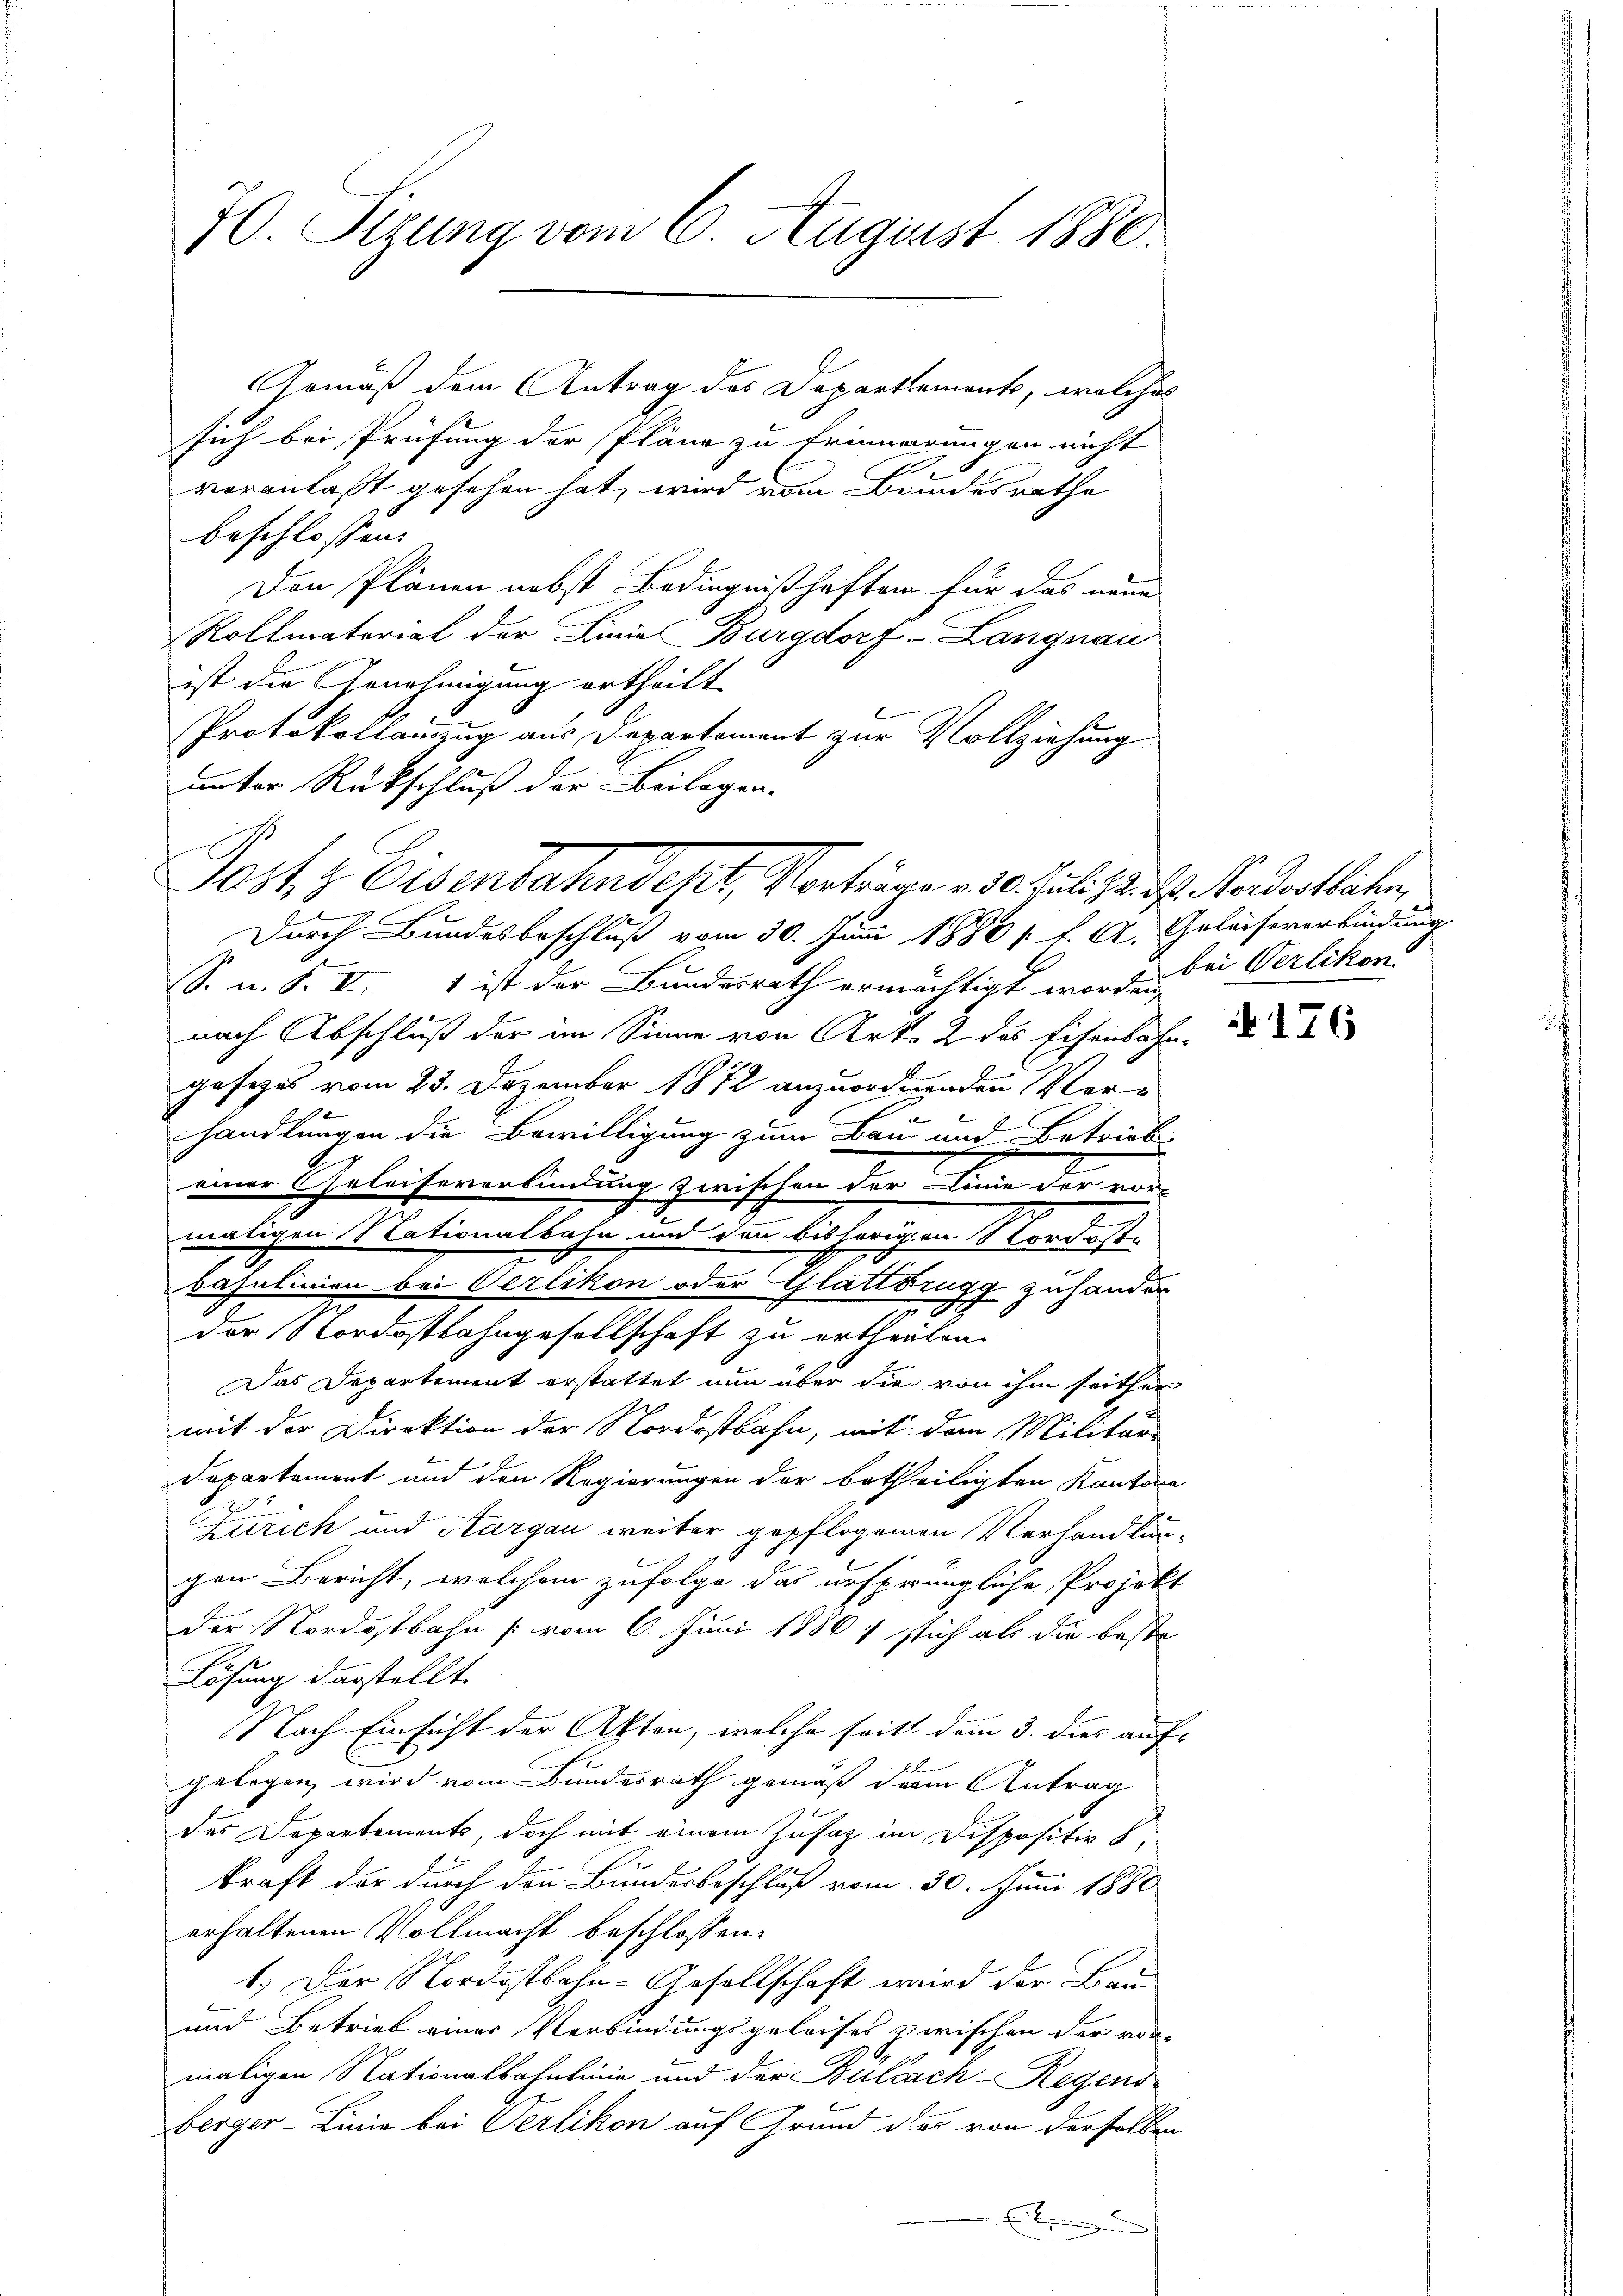
70. Sizung vom 6. August 1880.

Gemäß dem Antrag des Departements, welches
sich bei Prüfung der Pläne zu frierungen nicht |
veranlaßt gesehen hat, wird vom Bundesrathe
beschlossen:
Den Plänen nebst Bedingnißhaften für das neue
Rollmaterial der Linie Burgdorf -Langnau
ist die Genehmigung ertheilt.
Protokollanzug aus Departement zur Vollziehung
unter Rückschluß der Beilagen.
Durch Bundesbeschluß vom 30. Juni 1880 s. f. A. Geleisererbindung
S. n. F. II. 1 ist der Bundesrath ermächtigt worden,
nach Abschluß der im Sinne von Art. 2 des Eisenbahn-
gesezes vom 23. Dezember 1872 anzuordnenden Ver-

handlungen die Bewilligung zum Bau und Betrieb-
einer Geleiseverkündung zwischen der Linie der vor-
3
maligen Nationalbahn und den bisherigen Nordostbajulinien bei Oerlikon oder Glattbrugg zuhander
der Nordostbahngesellschaft zu ertheilen.
Das Departement erstattet nun über die von ihm seither
mit der Direktion der Nordostbahn, mit den Militär-
Departement und den Regierungen der betheiligten Kantone
.
7
Zürich und Aargau weiter gepflogenen Verhandlungen Bericht, welchem zufolge das ursprüngliche Projekt
der Nordostbahn vom 6. Juni 1886, stich als die beste
Lösung darstellt.
Nach Einsicht der Akten, welche seit dem 3. dies auf-
gelegen wird vom Bundesrath gemäß der Antrag
des Departements, doch mit einem Zusatz im Dispositiv 8,
kraft der durch den Bundesbeschluß vom 30. Juni 1880
erhaltenen Vollmacht beschlossen:
1.) Der Nordostbahn-Gesellschaft wird der Bau
und Betrieb einer Verbindungsgeleises zwischen der vor-
maligen Nationalbahnlinie und der Bulach–Regens
berger-Linie bei Verlikon auf Grund des von derselben

Post z. Eisenbahndept, Vorträge . 30. Juli d. J. Mordentlichen,

bei Verlikon

s

§176